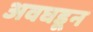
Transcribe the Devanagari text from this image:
अवघडून